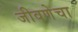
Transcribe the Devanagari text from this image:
जीवणेचा